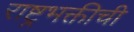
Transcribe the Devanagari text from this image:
राष्ट्रभक्तीची